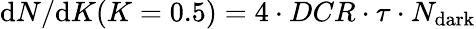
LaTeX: {\mathrm{d}N}/{\mathrm{d}K}(K=0.5)=4\cdot DCR\cdot\tau\cdot N_{\mathrm{dark}}